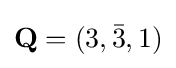
\mathbf {Q} =(3,{\bar {3}},1)